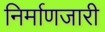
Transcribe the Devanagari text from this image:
निर्माणजारी